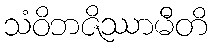
သံဝိဘဇိဿာမီတိ